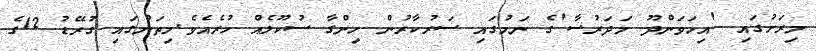
މިރަށުގައި 'އިހަވަންދޫ މަދަރުސާ'ގެ ނަމުގައި ސަރުކާރުން ހިންގާ ސުކޫލެއް ހުރެއެވެ.މިތަނުގައި ގުރޭޑު 12ގެ